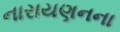
નારાયણનના